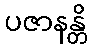
ပဇာနန္တိ